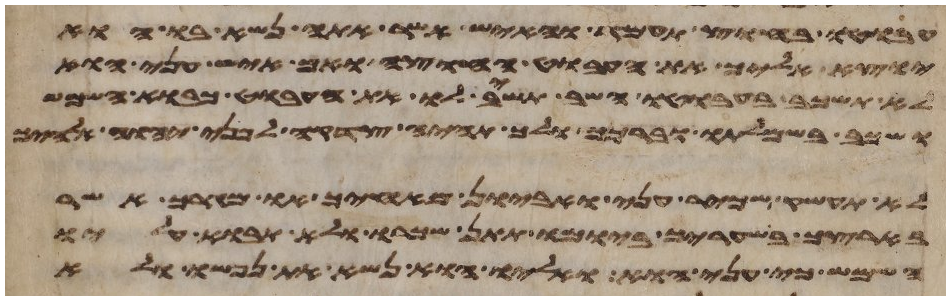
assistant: עבוטו בחוץ תעמד והאיש אשר אתה נשא בו הוא
יוצא אליך את העבוט החוצה ואם איש עני הוא
לא תשכב בעבוטו השב תשיב לו את העבוט כבוא השמש
ושכב בשמלתו וברכך ולך תהיה צדקה לפני יהוה אלהיך
לא תעשק שכיר עני ואביון מאחיך או מגרך אשר
בארצך בשעריך ביומו תתן שכרו ולא תבוא עליו
השמש כי עני הוא ואליו הוא נשא את נפשו ולא